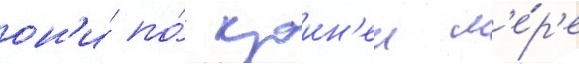
он'и́ по́ краин'еи м'е́р'е